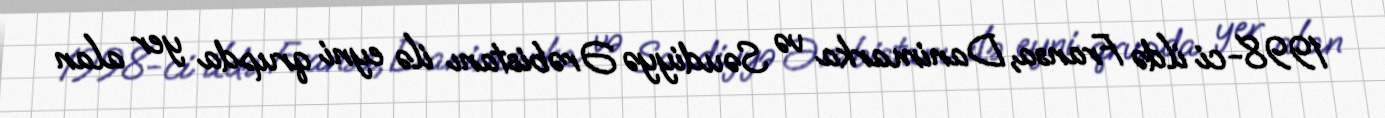
1998-ci ildə Fransa, Danimarka və Səudiyyə Ərəbistanı ilə eyni qrupda yer alan